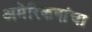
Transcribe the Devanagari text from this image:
अमेरिकनांचा